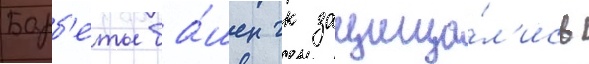
Барб'еты ба́шен гк защища́л'ись